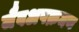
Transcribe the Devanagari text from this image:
जैवअपक्रमण